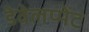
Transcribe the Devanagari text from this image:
डेवेलप्मेंट